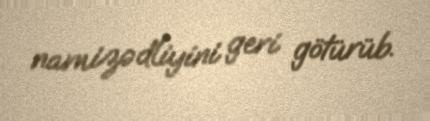
namizədliyini geri götürüb.